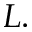
L .